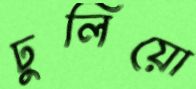
ঢুলিয়ো